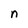
Character: n